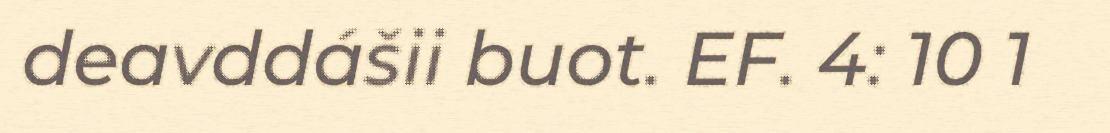
deavddášii buot. EF. 4: 10 1